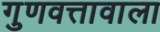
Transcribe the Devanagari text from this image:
गुणवत्तावाला